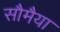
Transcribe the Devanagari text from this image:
सौमैया